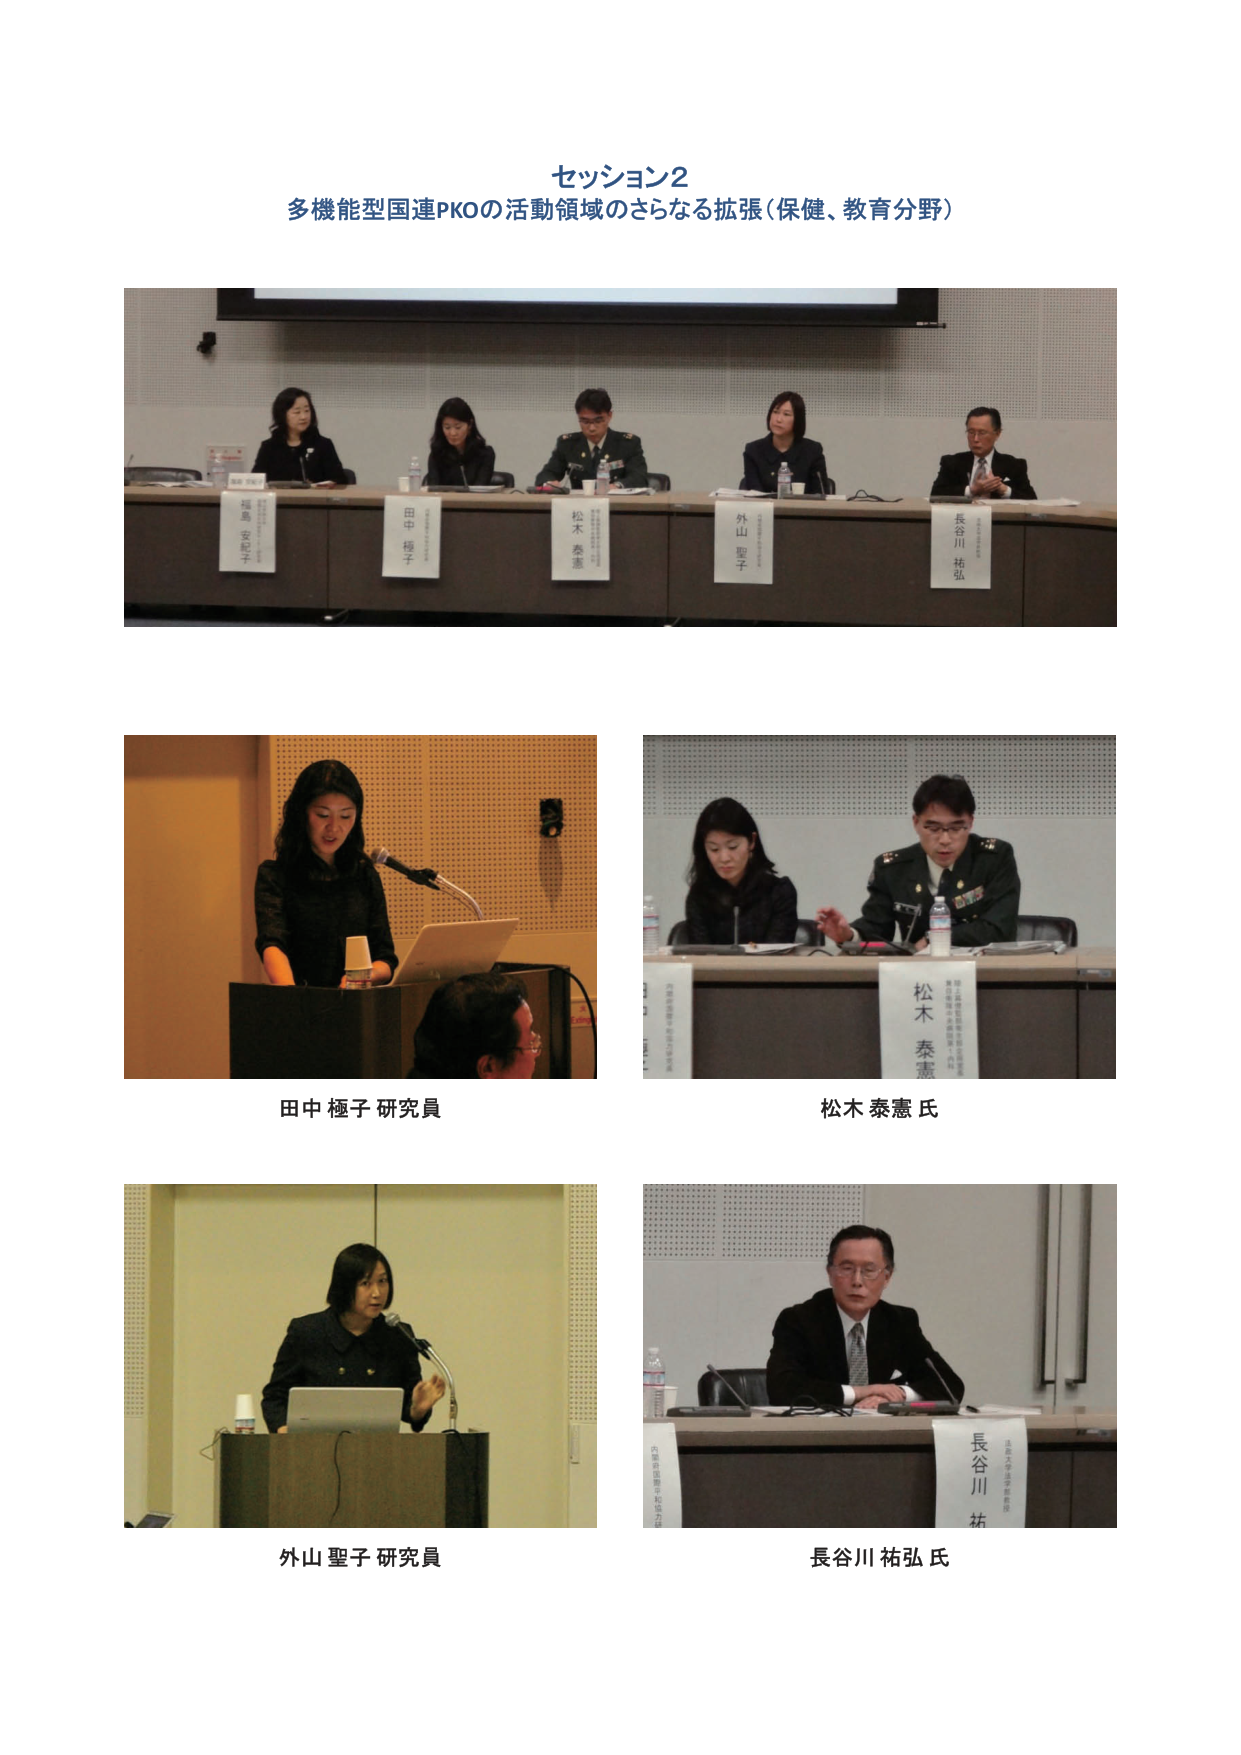
セッション2
多機能型国連PKOの活動領域のさらなる拡張（保健、教育分野）

福島 安紀子
田中 極子
松木 泰憲
外山 聖子
長谷川 祐弘

田中 極子 研究員
松木 泰憲 氏
外山 聖子 研究員
長谷川 祐弘 氏